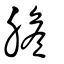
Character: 膽